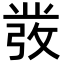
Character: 𭛁